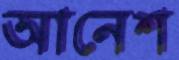
আনেশ